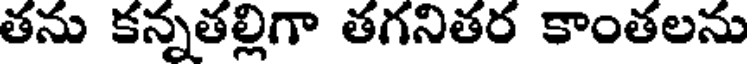
తను కన్నతల్లిగా తగనితర కాంతలను